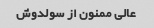
عالی ممنون از سولدوش